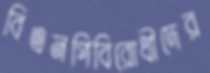
বিএনপিবিরোধীদের